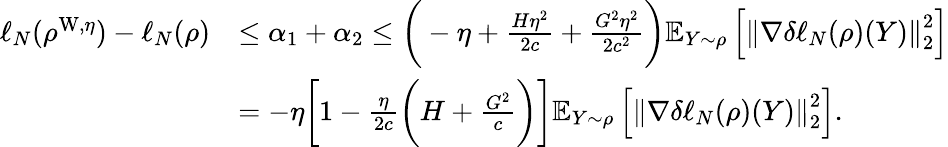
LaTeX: \begin{array}{rl}{\ell_{N}(\rho^{\mathrm{W},\eta})-\ell_{N}(\rho)}&{\leq\alpha_{1}+\alpha_{2}\leq\bigg(-\eta+\frac{H\eta^{2}}{2c}+\frac{G^{2}\eta^{2}}{2c^{2}}\bigg)\mathbb{E}_{Y\sim\rho}\left[\left\Vert\nabla\delta\ell_{N}(\rho)(Y)\right\Vert_{2}^{2}\right]}\\ &{=-\eta\bigg[1-\frac{\eta}{2c}\bigg(H+\frac{G^{2}}{c}\bigg)\bigg]\mathbb{E}_{Y\sim\rho}\left[\left\Vert\nabla\delta\ell_{N}(\rho)(Y)\right\Vert_{2}^{2}\right].}\end{array}